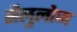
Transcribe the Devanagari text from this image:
सैलुलोज